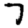
Digit: 7